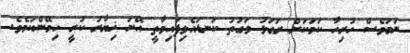
ނަމަވެސް ހުރިހާ ކަމަކަށް ރަގަޅު ވަގުތު ކަނޑައެޅިފައިވާތީ އޭނަ ޚިޔާރު ކުރީ ހިމޭންކަމެވެ.